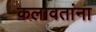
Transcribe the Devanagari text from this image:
कलावतांना